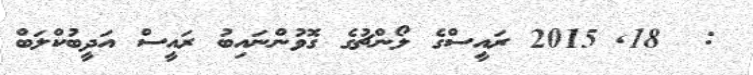
:  18